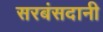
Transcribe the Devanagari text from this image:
सरबंसदानी